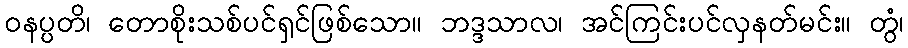
ဝနပ္ပတိ၊ တောစိုးသစ်ပင်ရှင်ဖြစ်သော။ ဘဒ္ဒသာလ၊ အင်ကြင်းပင်လှနတ်မင်း။ တွံ၊